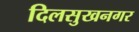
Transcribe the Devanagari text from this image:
दिलसुखनगर